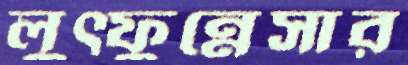
লুত্ফুন্নেসার